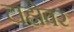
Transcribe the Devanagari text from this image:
टाहोवर